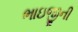
ભાઇજીની